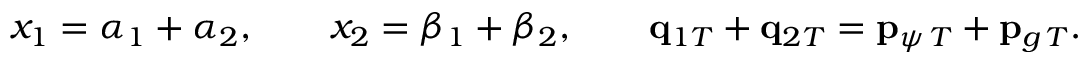
x _ { 1 } = \alpha _ { 1 } + \alpha _ { 2 } , \qquad x _ { 2 } = \beta _ { 1 } + \beta _ { 2 } , \qquad { \bf q } _ { 1 T } + { \bf q } _ { 2 T } = { \bf p } _ { \psi \, T } + { \bf p } _ { g \, T } .